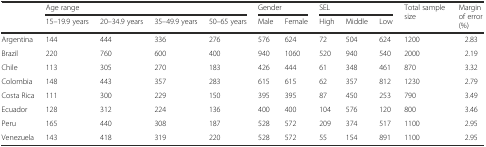
|  | <COLSPAN=4> Age range | <COLSPAN=2> Gender | <COLSPAN=3> SEL | <ROWSPAN=2> Total sample size | <ROWSPAN=2> Margin of error (%) |
 |  | 15–19.9 years | 20–34.9 years | 35–49.9 years | 50–65 years | Male | Female | High | Middle | Low |
 | --- | --- | --- | --- | --- | --- | --- | --- | --- | --- | --- | --- |
 | Argentina | 144 | 444 | 336 | 276 | 576 | 624 | 72 | 504 | 624 | 1200 | 2.83 |
 | Brazil | 220 | 760 | 600 | 400 | 940 | 1060 | 520 | 940 | 540 | 2000 | 2.19 |
 | Chile | 113 | 305 | 270 | 183 | 426 | 444 | 61 | 348 | 461 | 870 | 3.32 |
 | Colombia | 148 | 443 | 357 | 283 | 615 | 615 | 62 | 357 | 812 | 1230 | 2.79 |
 | Costa Rica | 111 | 300 | 229 | 150 | 395 | 395 | 87 | 450 | 253 | 790 | 3.49 |
 | Ecuador | 128 | 312 | 224 | 136 | 400 | 400 | 104 | 576 | 120 | 800 | 3.46 |
 | Peru | 165 | 440 | 308 | 187 | 528 | 572 | 209 | 374 | 517 | 1100 | 2.95 |
 | Venezuela | 143 | 418 | 319 | 220 | 528 | 572 | 55 | 154 | 891 | 1100 | 2.95 |